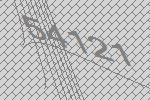
54121